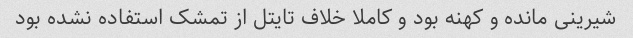
شیرینی مانده و کهنه بود و کاملا خلاف تایتل از تمشک استفاده نشده بود